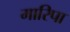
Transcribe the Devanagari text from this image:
मारिपा